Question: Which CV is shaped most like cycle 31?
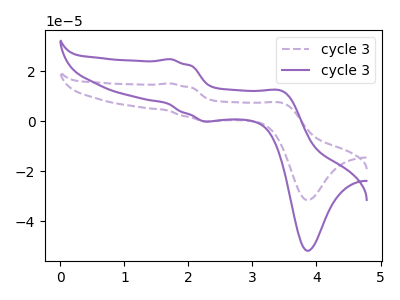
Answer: <think>The purple dashed curve "cycle 31" has anodic peaks at (1.70V, 15.10uA) (3.50V, 7.20uA) and cathodic peaks at (2.35V, -0.05uA) (3.90V, -31.55uA). The purple curve "cycle 32" has anodic peaks at (1.70V, 24.80uA) (3.50V, 11.85uA) and cathodic peaks at (2.35V, -0.10uA) (3.90V, -51.80uA).
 All the peaks in "cycle 31" have a peak in "cycle 32" at the same potential. Every peak in "cycle 31" is lower than every peak in "cycle 32".</think>
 <answer>The CV with the most similar shape to "cycle 32" is "cycle 31".</answer>
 <eval>"cycle 31"</eval>